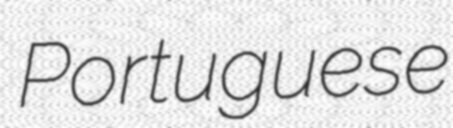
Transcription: Portuguese